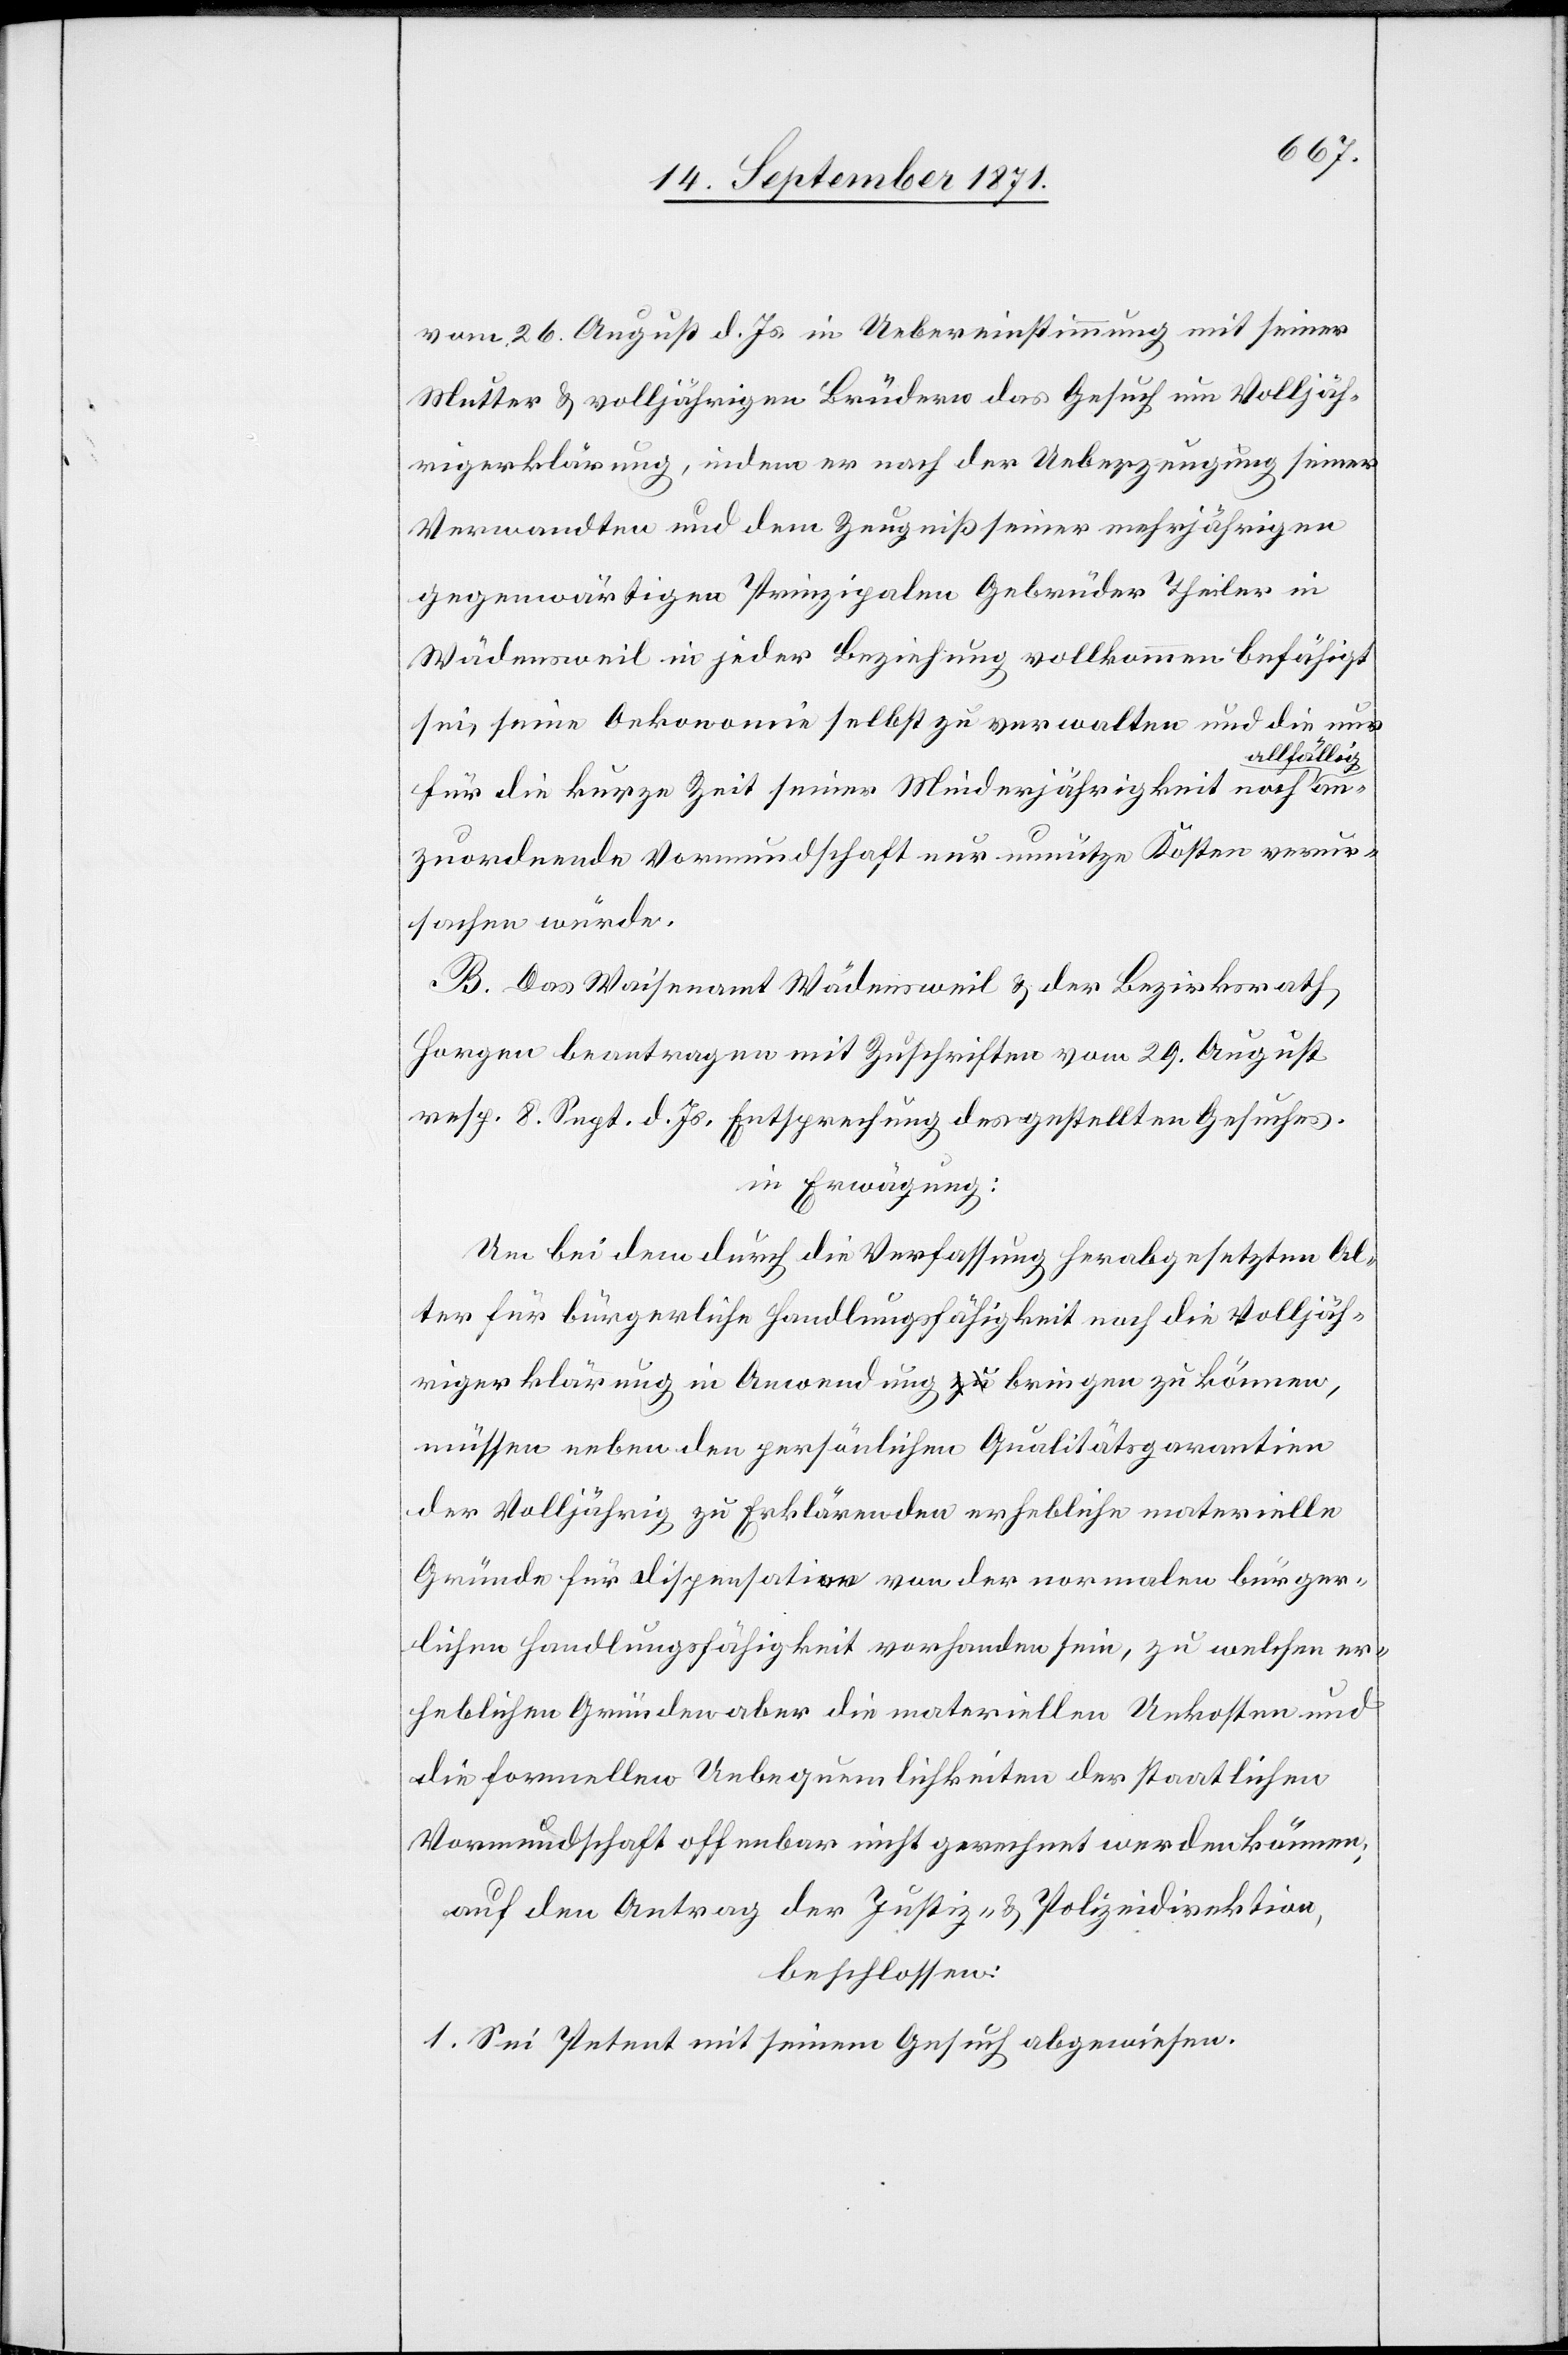
vom 26. August d. Js. in Uebereinstimmung mit seiner
Mutter & volljährigen Brüdern das Gesuch um Volljäh¬
rigerklärung, indem er nach der Ueberzeugung seiner
Verwandten und dem Zeugniß seiner mehrjährigen
gegenwärtigen Prinzipalen Gebrüder Theiler in
Wädensweil in jeder Beziehung vollkommen befähigt
sei, seine Oekonomie selbst zu verwalten und die nur
llfällig
für die kurze Zeit seiner Minderjährigkeit noch a¬
zu ordnende Vormundschaft nur unnütze Kosten verur¬
sachen würde.
B. Das Waisenamt Wädensweil & der Bezirksrath
Horgen beantragen mit Zuschriften vom 29. August
resp. 8. Sept. d. Js. Entsprechung des gestellten Gesuches.
in Erwägung:
Um bei dem durch die Verfassung herabgesetzten Al¬
ter für bürgerliche Handlungsfähigkeit noch die Volljäh¬
rigerklärung in Anwendung bringen zu können,
müssen neben den persönlichen Qualitätsgarantien
der Volljährig zu Erklärenden erhebliche materielle
Gründe für Dispensation von der normalen bürger¬
lichen Handlungsfähigkeit vorhanden sein, zu welchen er¬
heblichen Gründen aber die materiellen Unkosten und
die formellen Unbequemlichkeiten der staatlichen
Vormundschaft offenbar nicht gerechnet werden können;
Auf den Antrag der Justiz- & Polizeidirektion,
beschlossen:
1. Sei Petent mit seinem Gesuch abgewiesen.